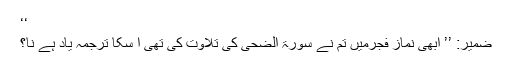
‘‘
ضمیر: ’’ ابھی نماز فجرمیں تم نے سورۃ الضحیٰ کی تلاوت کی تھی ا سکا ترجمہ یاد ہے نا؟